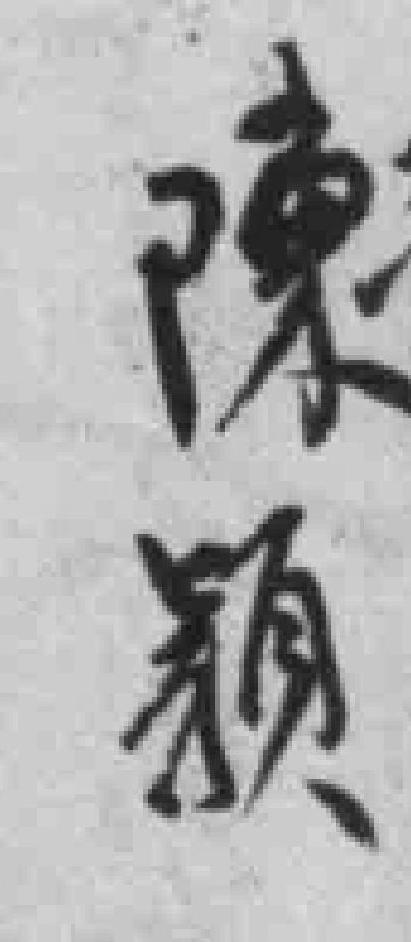
陳颖